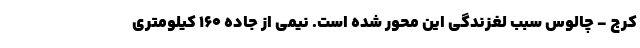
کرج - چالوس سبب لغزندگی این محور شده است. نیمی از جاده ۱۶۰ کیلومتری